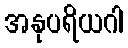
အနုပရိယဂါ